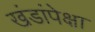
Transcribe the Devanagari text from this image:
खंडांपेक्षा